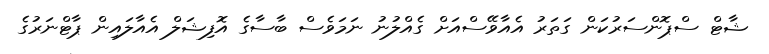
ޝާޓް ސްޕޮންސަރުކަން ގަތަރު އެއާވޭސްއަށް ގެއްލުނު ނަމަވެސް ބާސާގެ އޮފިޝަލް އެއާލައިން ޕާޓްނަރުގެ